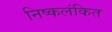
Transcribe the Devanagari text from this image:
निष्कलंकित